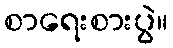
စာရေးစားပွဲ။